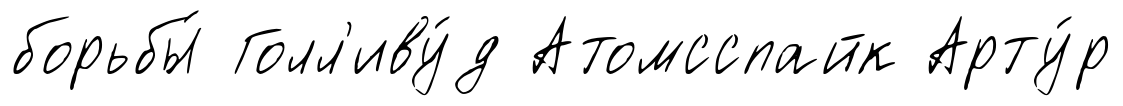
борьбы́ Голл'иву́д Атомсспайк Арту́р